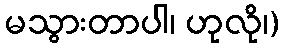
မသွားတာပါ၊ ဟုလို၊)